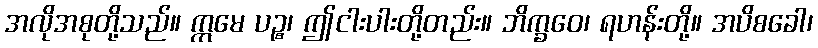
အလိုအစုတို့သည်။ ဣမေ ပဉ္စ၊ ဤငါးပါးတို့တည်း။ ဘိက္ခဝေ၊ ရဟန်းတို့။ အပိစခေါ၊